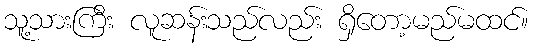
သူ့သားကြီး လူဆန်းသည်လည်း ရှိတော့မည်မထင်။